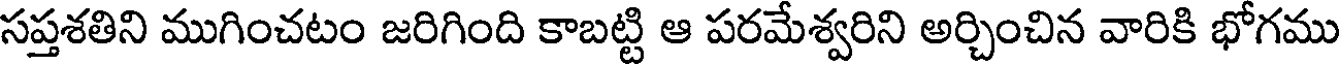
సప్తశతిని ముగించటం జరిగింది కాబట్టి ఆ పరమేశ్వరిని అర్చించిన వారికి భోగము